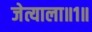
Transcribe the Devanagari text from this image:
जेत्याला॥१॥